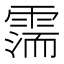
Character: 𩄋